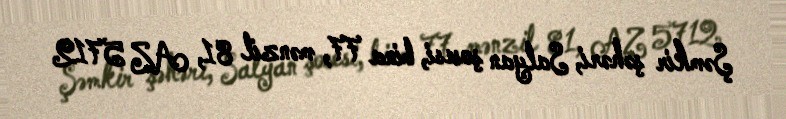
Şəmkir şəhəri, Salyan şosesi, bina 77, mənzil 81, AZ 5712